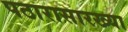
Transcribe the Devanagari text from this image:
पठारासारख्या